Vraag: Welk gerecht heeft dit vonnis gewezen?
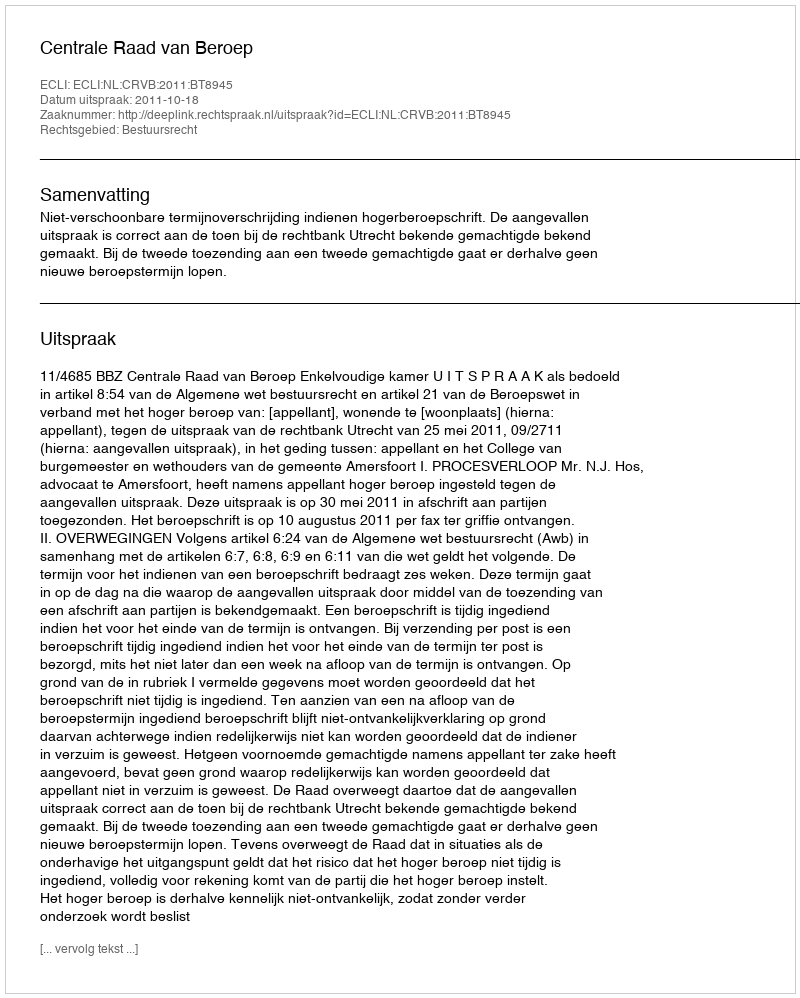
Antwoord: Centrale Raad van Beroep